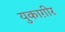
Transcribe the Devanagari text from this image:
युकाग़ीर